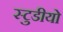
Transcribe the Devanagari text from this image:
स्टुडीयो